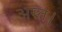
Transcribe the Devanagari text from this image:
अस्त।